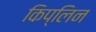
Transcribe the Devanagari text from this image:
किप्लिन